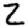
Digit: 2